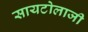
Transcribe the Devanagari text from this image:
सायटोलाजी